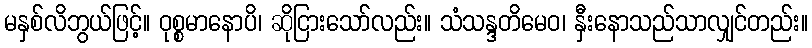
မနှစ်လိဘွယ်ဖြင့်။ ဝုစ္စမာနောပိ၊ ဆိုငြားသော်လည်း။ သံသန္ဒတိမေဝ၊ နှီးနောသည်သာလျှင်တည်း။